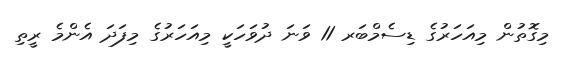
މިގޮތުން މިއަހަރުގެ ޑިސެމްބަރ 11 ވަނަ ދުވަހަކީ މިއަހަރުގެ މިފަދަ އެންމެ ރީތި